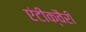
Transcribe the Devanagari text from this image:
एंटीक्वैरी